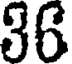
36